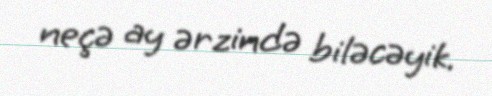
neçə ay ərzində biləcəyik.